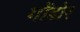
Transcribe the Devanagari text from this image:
गोंडोर